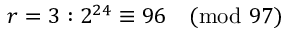
r = 3 : 2 ^ { 2 4 } \equiv 9 6 { \pmod { 9 7 } }